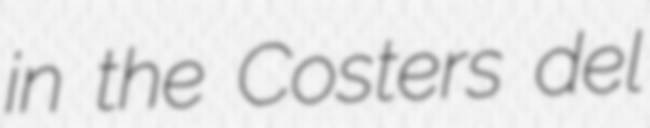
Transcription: in the Costers del